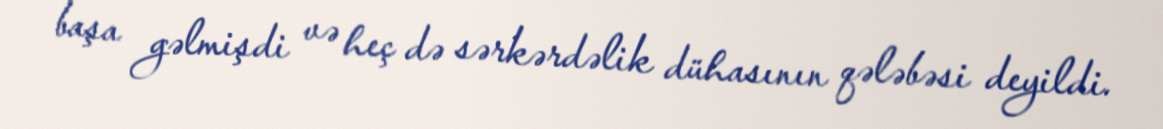
başa gəlmişdi və heç də sərkərdəlik dühasının qələbəsi deyildi.